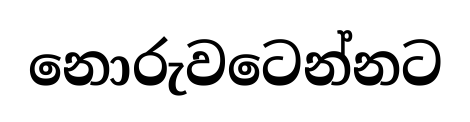
නොරුවටෙන්නට